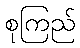
စုကြည်